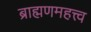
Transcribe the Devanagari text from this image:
ब्राह्मणमहत्त्व